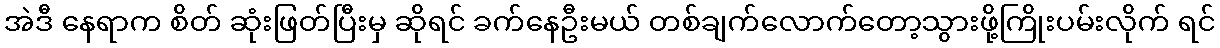
အဲဒီ နေရာက စိတ် ဆုံးဖြတ်ပြီးမှ ဆိုရင် ခက်နေဦးမယ် တစ်ချက်လောက်တော့သွားဖို့ကြိုးပမ်းလိုက် ရင်